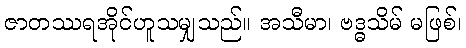
ဇာတဿရအိုင်ဟူသမျှသည်။ အသီမာ၊ ဗဒ္ဓသိမ် မဖြစ်၊